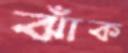
ঝাঁক